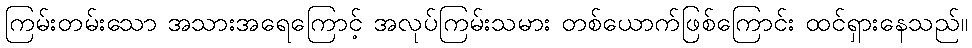
ကြမ်းတမ်းသော အသားအရေကြောင့် အလုပ်ကြမ်းသမား တစ်ယောက်ဖြစ်ကြောင်း ထင်ရှားနေသည်။